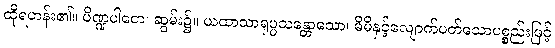
ထိုရဟန်း၏။ ပိဏ္ဍပါတေ၊ ဆွမ်း၌။ ယထာသာရုပ္ပသန္တောသော၊ မိမိနှင့်လျောက်ပတ်သောပစ္စည်းဖြင့်